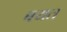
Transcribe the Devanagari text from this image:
बयत